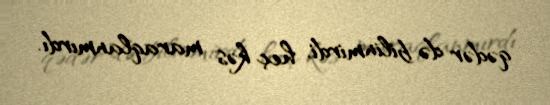
qədər də bilinmirdi, heç kəs maraqlanmırdı.